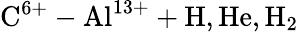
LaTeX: \mathrm{C^{6+}-Al^{13+}+H,He,H_{2}}